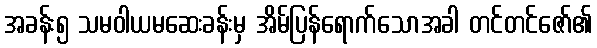
အခန်း၅ သမဝါယမဆေးခန်းမှ အိမ်ပြန်ရောက်သောအခါ တင်တင်ဇော်၏